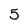
Character: 5